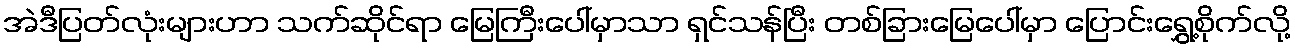
အဲဒီပြတ်လုံးများဟာ သက်ဆိုင်ရာ မြေကြီးပေါ်မှာသာ ရှင်သန်ပြီး တစ်ခြားမြေပေါ်မှာ ပြောင်းရွှေ့စိုက်လို့